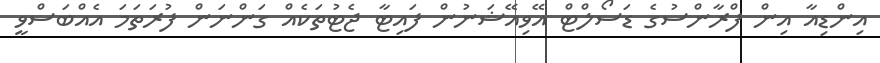
އިންޑިއާ އިން ފްރާންސުގެ ޑަސޯލްޓް އޭވިއޭޝަނުން ފައިޓާ ޖެޓުތަކެއް ގަންނަން ފުރަތަމަ އެއްބަސްވީ